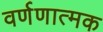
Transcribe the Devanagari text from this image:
वर्णणात्मक